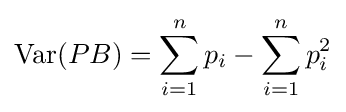
\operatorname {Var} (PB)=\sum \limits _{i=1}^{n}p_{i}-\sum \limits _{i=1}^{n}p_{i}^{2}